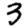
Digit: 3